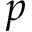
p